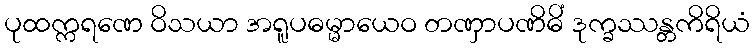
ပုထက္ကရဏေ ဝိသယာ အရူပဓမ္မာယေဝ တဏှာပဏိဓိံ ဒုက္ခဿန္တကိရိယံ